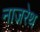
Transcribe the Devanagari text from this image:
नाजरेथ